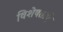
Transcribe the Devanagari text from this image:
विशेषताऐ